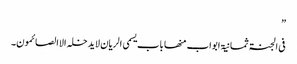
”
فی الجنۃ ثمانیۃ ابواب منھا باب یسمی الریان لایدخلہ الاالصائمون۔